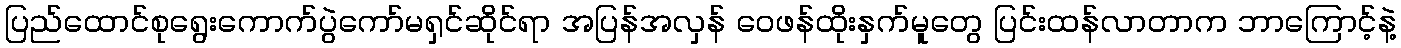
ပြည်ထောင်စုရွေးကောက်ပွဲကော်မရှင်ဆိုင်ရာ အပြန်အလှန် ဝေဖန်ထိုးနှက်မူတွေ ပြင်းထန်လာတာက ဘာကြောင့်နဲ့